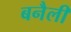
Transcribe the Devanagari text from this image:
बनैली